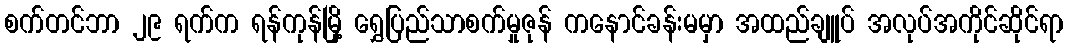
စက်တင်ဘာ ၂၉ ရက်က ရန်ကုန်မြို့ ရွှေပြည်သာစက်မှုဇုန် ကနောင်ခန်းမမှာ အထည်ချူပ် အလုပ်အကိုင်ဆိုင်ရာ